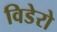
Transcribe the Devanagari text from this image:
विडेरो